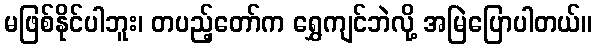
မဖြစ်နိုင်ပါဘူး၊ တပည့်တော်က ရွှေကျင်ဘဲလို့ အမြဲပြောပါတယ်။